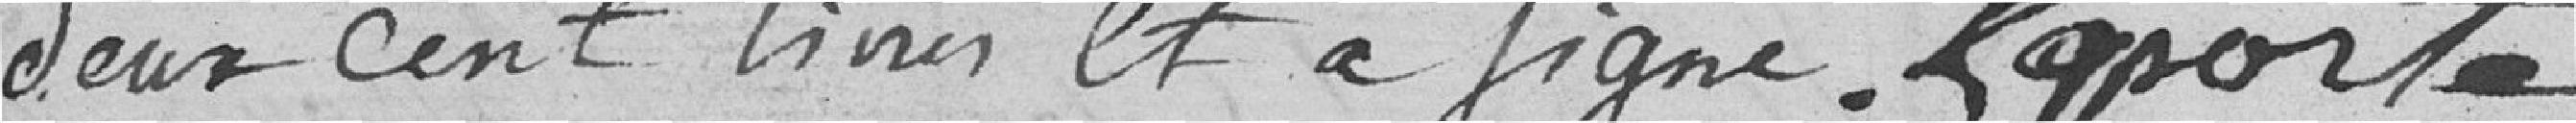
deux cent livres et à signé. Laporte [signature]